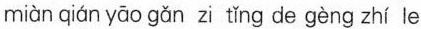
miòn qián yāo gǎn z ting cd：geng zhi le